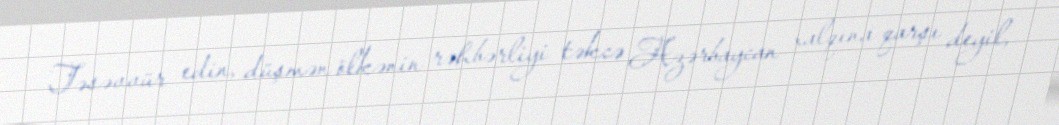
Təsəvvür edin, düşmən ölkənin rəhbərliyi təkcə Azərbaycan xalqına qarşı deyil,